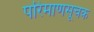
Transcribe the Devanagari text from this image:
परिमाणसूचक